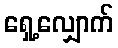
ရှေ့လျှောက်